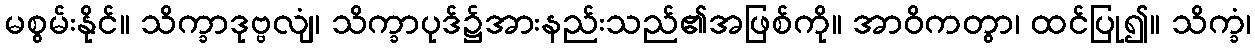
မစွမ်းနိုင်။ သိက္ခာဒုဗ္ဗလျံ၊ သိက္ခာပုဒ်၌အားနည်းသည်၏အဖြစ်ကို။ အာဝိကတွာ၊ ထင်ပြု၍။ သိက္ခံ၊